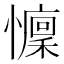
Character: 𱟗